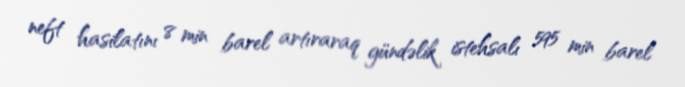
neft hasilatını 8 min barel artıraraq gündəlik istehsalı 595 min barel